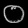
Digit: ၀